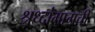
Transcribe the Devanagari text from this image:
श्रध्दांमागची